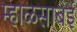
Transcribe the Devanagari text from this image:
म्हाळसाबई